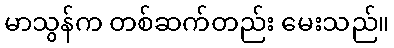
မာသွန်က တစ်ဆက်တည်း မေးသည်။